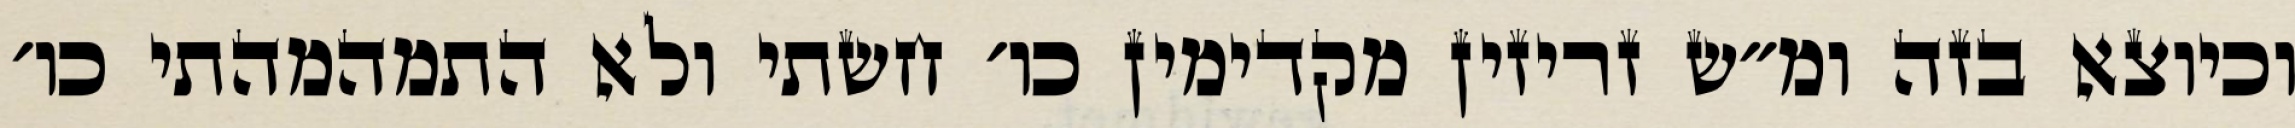
וכיוצא בזה ומ״ש זריזין מקדימין כו׳ חשתי ולא התמהמהתי כו׳